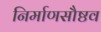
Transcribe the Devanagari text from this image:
निर्माणसौष्ठव